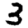
Digit: 3